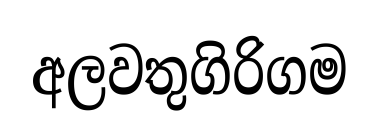
අලවතුගිරිගම